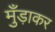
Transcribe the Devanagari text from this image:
मुँड़ाकर